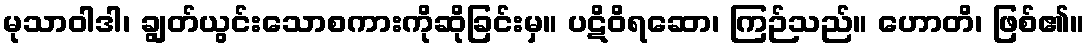
မုသာဝါဒါ၊ ချွတ်ယွင်းသောစကားကိုဆိုခြင်းမှ။ ပဋိဝိရဆော၊ ကြဉ်သည်။ ဟောတိ၊ ဖြစ်၏။